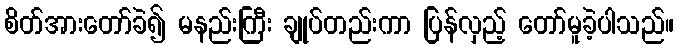
စိတ်အားတော်ခဲ၍ မနည်းကြီး ချုပ်တည်းကာ ပြန်လှည့် တော်မူခဲ့ပါသည်။